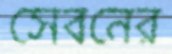
সেবনের